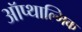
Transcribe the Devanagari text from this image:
ऑप्थाल्मिक